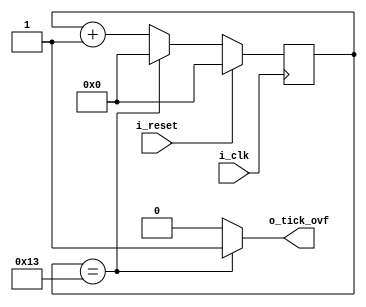
module baudrateGenerator#
(
    parameter NB_COUNTER = 5,       //Number of bits for counter
    parameter COUNTER_LIMIT = 20    //Limit for counter
)
(
    input wire i_clk,
    input wire i_reset,
    output wire o_tick_ovf
);

reg [NB_COUNTER-1 : 0] counter;
wire [NB_COUNTER-1 : 0] counter_next;

always @(posedge i_clk) begin
    if (i_reset) begin
        counter <= 0;
    end
    else begin
        counter <= counter_next;
    end
end

//Next-state control
assign counter_next = (counter == (COUNTER_LIMIT-1)) ? 0 : counter + 1;
assign o_tick_ovf = (counter == (COUNTER_LIMIT-1)) ? 1'b1 : 1'b0;

endmodule